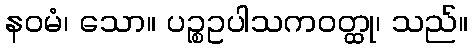
နဝမံ၊ သော။ ပဉ္စဥပါသကဝတ္ထု၊ သည်။